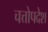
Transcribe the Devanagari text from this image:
चत्तोपदेश